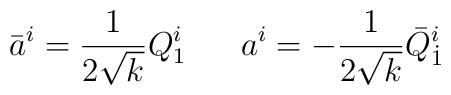
\bar a^i= {1 \over 2\sqrt{k}} Q_{1}^i \ \ \ \ \ a^i=-{1 \over 2\sqrt{k}} \bar Q_{\dot 1}^i